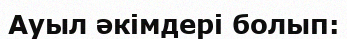
Ауыл әкімдері болып: